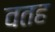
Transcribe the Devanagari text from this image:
वतह